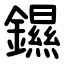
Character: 䥪